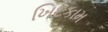
ખિદકામ